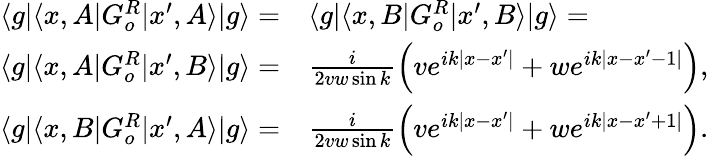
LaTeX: \begin{array}{rl}{\langle g|\langle x,A|G_{o}^{R}|x^{\prime},A\rangle|g\rangle=}&{{}\langle g|\langle x,B|G_{o}^{R}|x^{\prime},B\rangle|g\rangle=}\\ {\langle g|\langle x,A|G_{o}^{R}|x^{\prime},B\rangle|g\rangle=}&{{}\frac{i}{2vw\sin{k}}\Big(ve^{ik|x-x^{\prime}|}+we^{ik|x-x^{\prime}-1|}\Big),}\\ {\langle g|\langle x,B|G_{o}^{R}|x^{\prime},A\rangle|g\rangle=}&{{}\frac{i}{2vw\sin{k}}\Big(ve^{ik|x-x^{\prime}|}+we^{ik|x-x^{\prime}+1|}\Big).}\end{array}